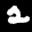
Label: 2